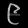
Digit: ၉